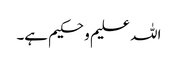
اللہ علیم و حکیم ہے۔